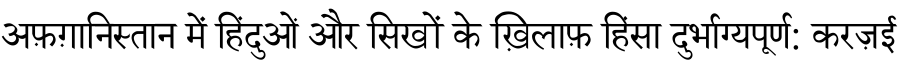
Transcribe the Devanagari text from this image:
अफ़ग़ानिस्तान में हिंदुओं और सिखों के ख़िलाफ़ हिंसा दुर्भाग्यपूर्ण: करज़ई